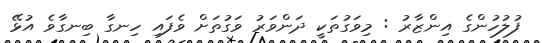
ފުލުހުންގެ އިންޒާރު : މިވަގުތަކީ ދަންވަރު ވަގުތަށް ވެފައި ހިނގާ ބިނގާވެ އުޅޭ